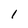
Character: 1